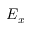
E _ { x }